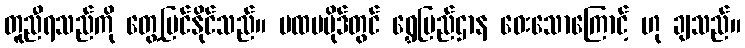
တူညီရသည်ကို တွေ့မြင်နိုင်သည်။ ပထမပိုဒ်တွင် ရွှေပြည်ဌာန ဝေးသောကြောင့် ဟု ချသည်။